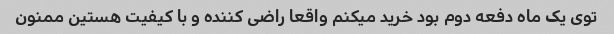
توی یک ماه دفعه دوم بود خرید میکنم واقعا راضی کننده و با کیفیت هستین ممنون